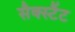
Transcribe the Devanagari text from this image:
सैक्स्टैंट